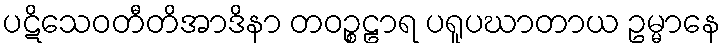
ပဋိသေဝတီတိအာဒိနာ တဝဉ္စဠာရ ပရူပဃာတာယ ဥမ္မာနေ